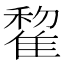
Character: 𨿯